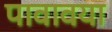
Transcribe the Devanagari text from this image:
पावावया